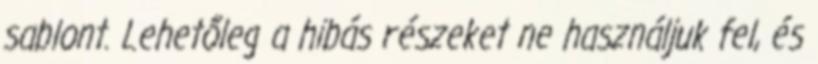
sablont. Lehetőleg a hibás részeket ne használjuk fel, és